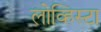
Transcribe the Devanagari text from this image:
लोव्हिस्टा